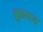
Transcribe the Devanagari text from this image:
बुछाल्टन